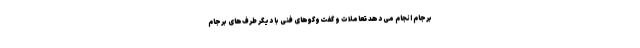
برجام انجام می دهد تعاملات و گفت‌وگوهای فنی با دیگر طرف‌های برجام